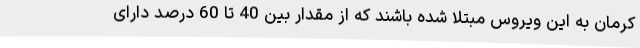
کرمان به این ویروس مبتلا شده باشند که از مقدار بین 40 تا 60 درصد دارای